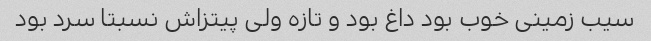
سیب زمینی خوب بود داغ بود و تازه ولی پیتزاش نسبتا سرد بود